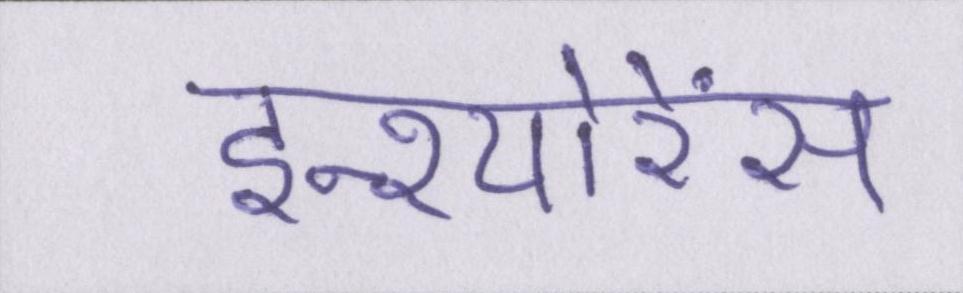
इन्श्योरेंस